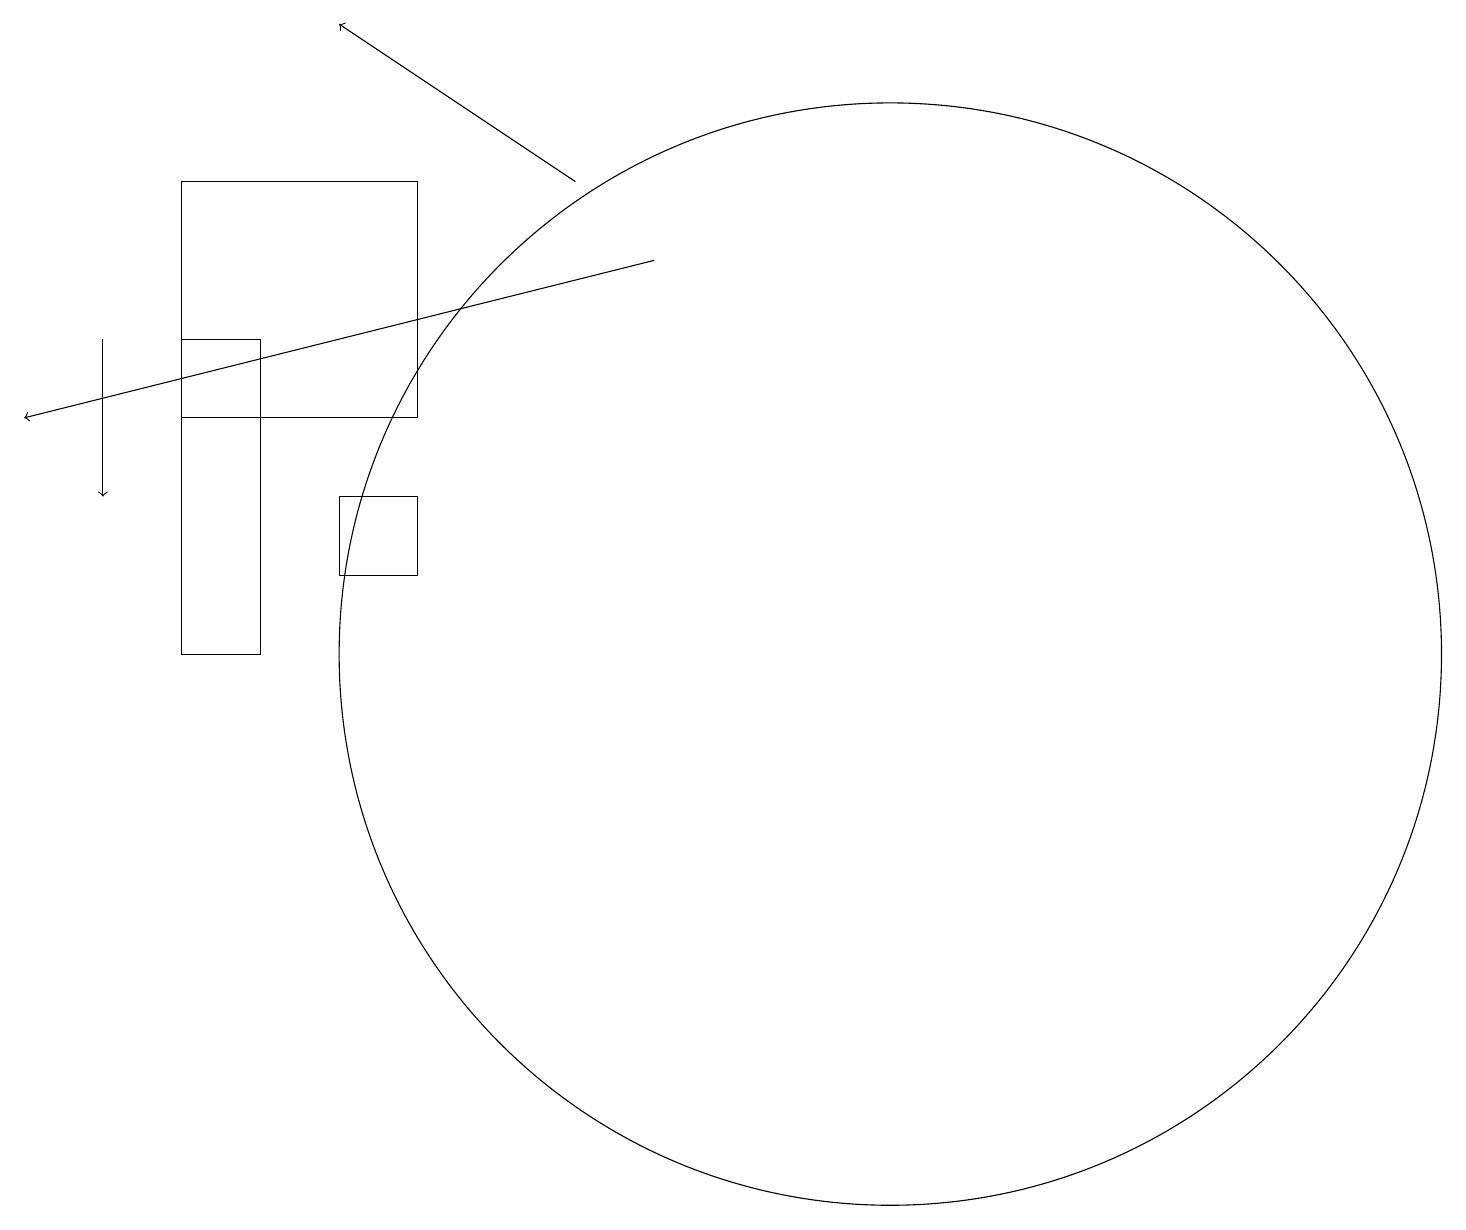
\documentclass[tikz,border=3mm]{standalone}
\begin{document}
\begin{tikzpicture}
\draw (4,14) rectangle (3,10);
\draw[->] (8,16) -- (5,18);
\draw[->] (9,15) -- (1,13);
\draw[->] (2,14) -- (2,12);
\draw (6,12) rectangle (5,11);
\draw (12,10) circle (7);
\draw (3,16) rectangle (6,13);
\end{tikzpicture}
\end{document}